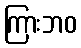
ကြားဘဝ